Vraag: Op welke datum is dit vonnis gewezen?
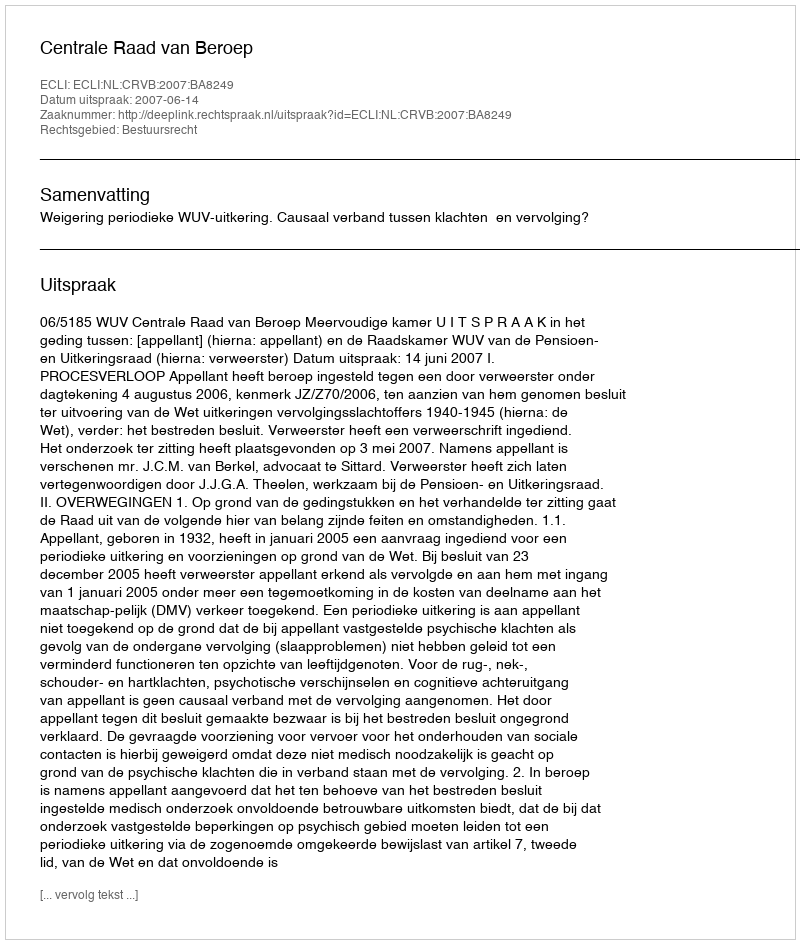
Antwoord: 2007-06-14